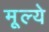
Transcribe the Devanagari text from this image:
मूल्‍ये